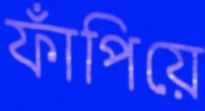
ফাঁপিয়ে